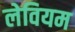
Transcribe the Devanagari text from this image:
लेवियम